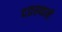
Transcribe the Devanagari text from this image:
दतस्थाने